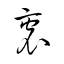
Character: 衷